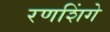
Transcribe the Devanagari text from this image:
रणशिंगे